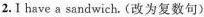
2.I have a sandwich. (改为复数句)